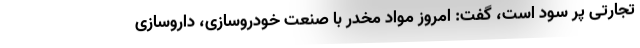
تجارتی پر سود است، گفت: امروز مواد مخدر با صنعت خودروسازی، داروسازی